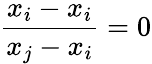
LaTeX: {\frac{x_{i}-x_{i}}{x_{j}-x_{i}}}=0